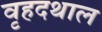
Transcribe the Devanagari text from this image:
वृहदथाल